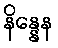
နိန္နေန